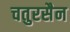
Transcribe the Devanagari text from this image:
चतुरसैन